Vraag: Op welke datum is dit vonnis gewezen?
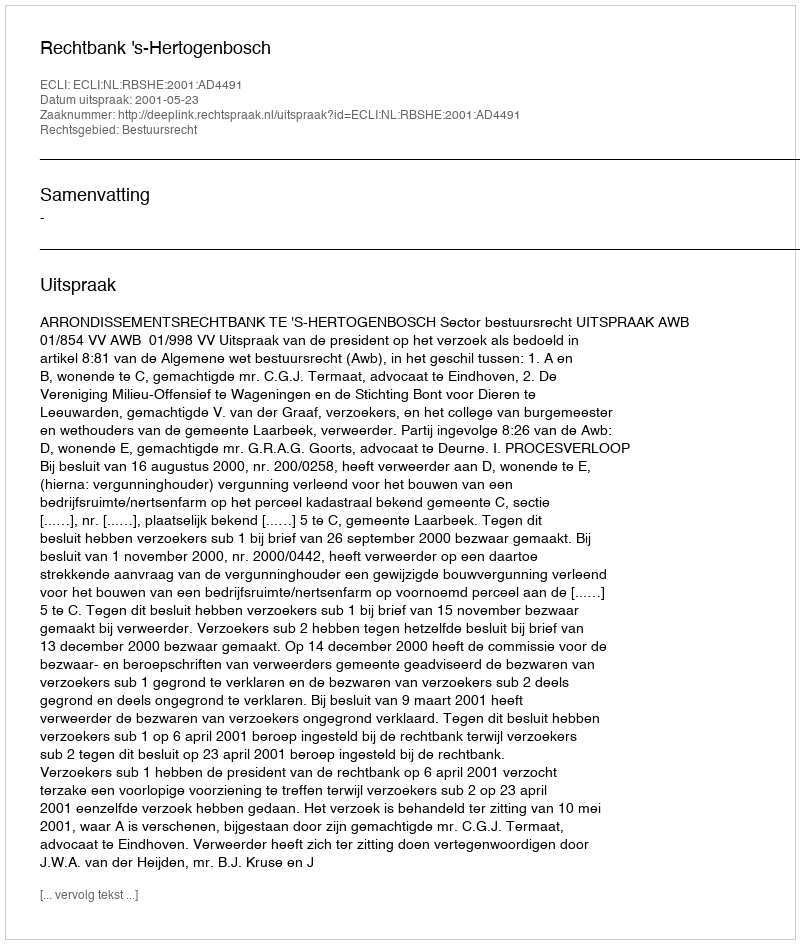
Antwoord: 2001-05-23